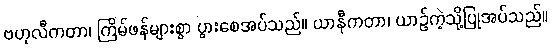
ဗဟုလီကတာ၊ ကြိမ်ဖန်များစွာ ပွားစေအပ်သည်။ ယာနီကတာ၊ ယာဉ်ကဲ့သို့ပြုအပ်သည်။